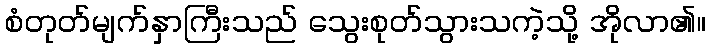
စံတုတ်မျက်နှာကြီးသည် သွေးစုတ်သွားသကဲ့သို့ အိုလာ၏။